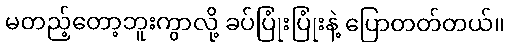
မတည့်တော့ဘူးကွာလို့ ခပ်ပြုံးပြုံးနဲ့ ပြောတတ်တယ်။